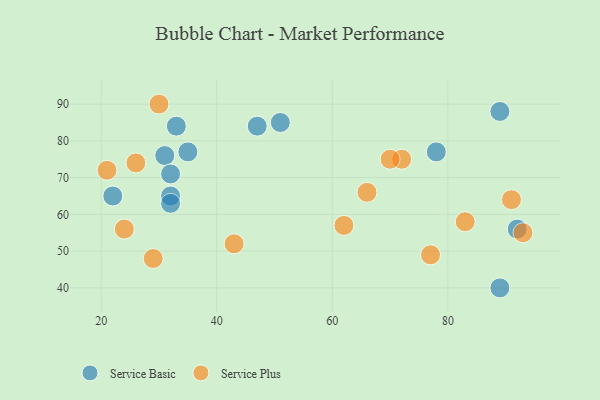
{"axis": {"x": "GDP", "y": "Life Expectancy"}, "legend": ["Service Basic", "Service Plus"], "data": [{"x": "32", "y": 65, "type": "Service Basic"}, {"x": "33", "y": 84, "type": "Service Basic"}, {"x": "35", "y": 77, "type": "Service Basic"}, {"x": "31", "y": 76, "type": "Service Basic"}, {"x": "92", "y": 56, "type": "Service Basic"}, {"x": "22", "y": 65, "type": "Service Basic"}, {"x": "78", "y": 77, "type": "Service Basic"}, {"x": "32", "y": 71, "type": "Service Basic"}, {"x": "89", "y": 88, "type": "Service Basic"}, {"x": "32", "y": 63, "type": "Service Basic"}, {"x": "51", "y": 85, "type": "Service Basic"}, {"x": "89", "y": 40, "type": "Service Basic"}, {"x": "47", "y": 84, "type": "Service Basic"}, {"x": "72", "y": 75, "type": "Service Plus"}, {"x": "26", "y": 74, "type": "Service Plus"}, {"x": "43", "y": 52, "type": "Service Plus"}, {"x": "83", "y": 58, "type": "Service Plus"}, {"x": "24", "y": 56, "type": "Service Plus"}, {"x": "21", "y": 72, "type": "Service Plus"}, {"x": "70", "y": 75, "type": "Service Plus"}, {"x": "91", "y": 64, "type": "Service Plus"}, {"x": "62", "y": 57, "type": "Service Plus"}, {"x": "29", "y": 48, "type": "Service Plus"}, {"x": "93", "y": 55, "type": "Service Plus"}, {"x": "66", "y": 66, "type": "Service Plus"}, {"x": "30", "y": 90, "type": "Service Plus"}, {"x": "77", "y": 49, "type": "Service Plus"}]}